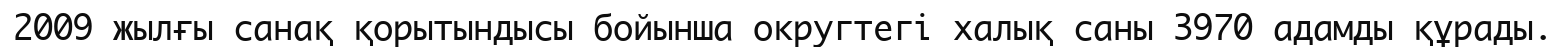
2009 жылғы санақ қорытындысы бойынша округтегі халық саны 3970 адамды құрады.